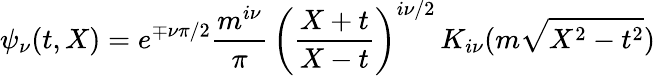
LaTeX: \psi_{\nu}(t,X)=e^{\mp\nu\pi/2}\frac{m^{i\nu}}{\pi}\, \left(\frac{X+t}{X-t}\right)^{i\nu/2}\, K_{i\nu}(m\sqrt{X^{2}-t^{2}})